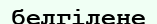
белгілене